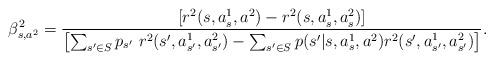
LaTeX: \begin{align*} \beta_{s,a^2}^2=\frac{\left[r^2(s,a_s^1,a^2)-r^2(s,a_s^1,a_s^2)\right]}{\left[\sum_{s'\in S} p_{s'} \ r^2(s',a_{s'}^1,a_{s'}^2)-\sum_{s'\in S} p(s'|s,a_s^1,a^2)r^2(s',a_{s'}^1,a_{s'}^2)\right]}.\end{align*}